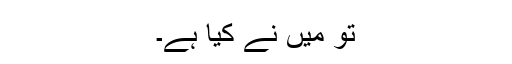
تو میں نے کیا ہے۔